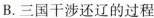
B.三国干涉还辽的过程